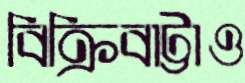
বিক্রিবাট্টাও